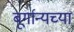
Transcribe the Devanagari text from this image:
बूर्गान्यच्या